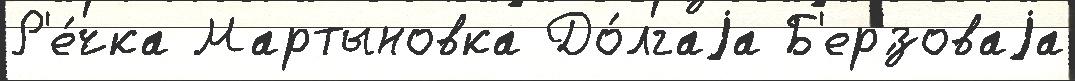
Р'е́чка Мартыновка До́лгаjа Б'ер'́зоваjа